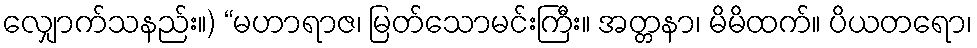
လျှောက်သနည်း။) “မဟာရာဇ၊ မြတ်သောမင်းကြီး။ အတ္တနာ၊ မိမိထက်။ ပိယတရော၊